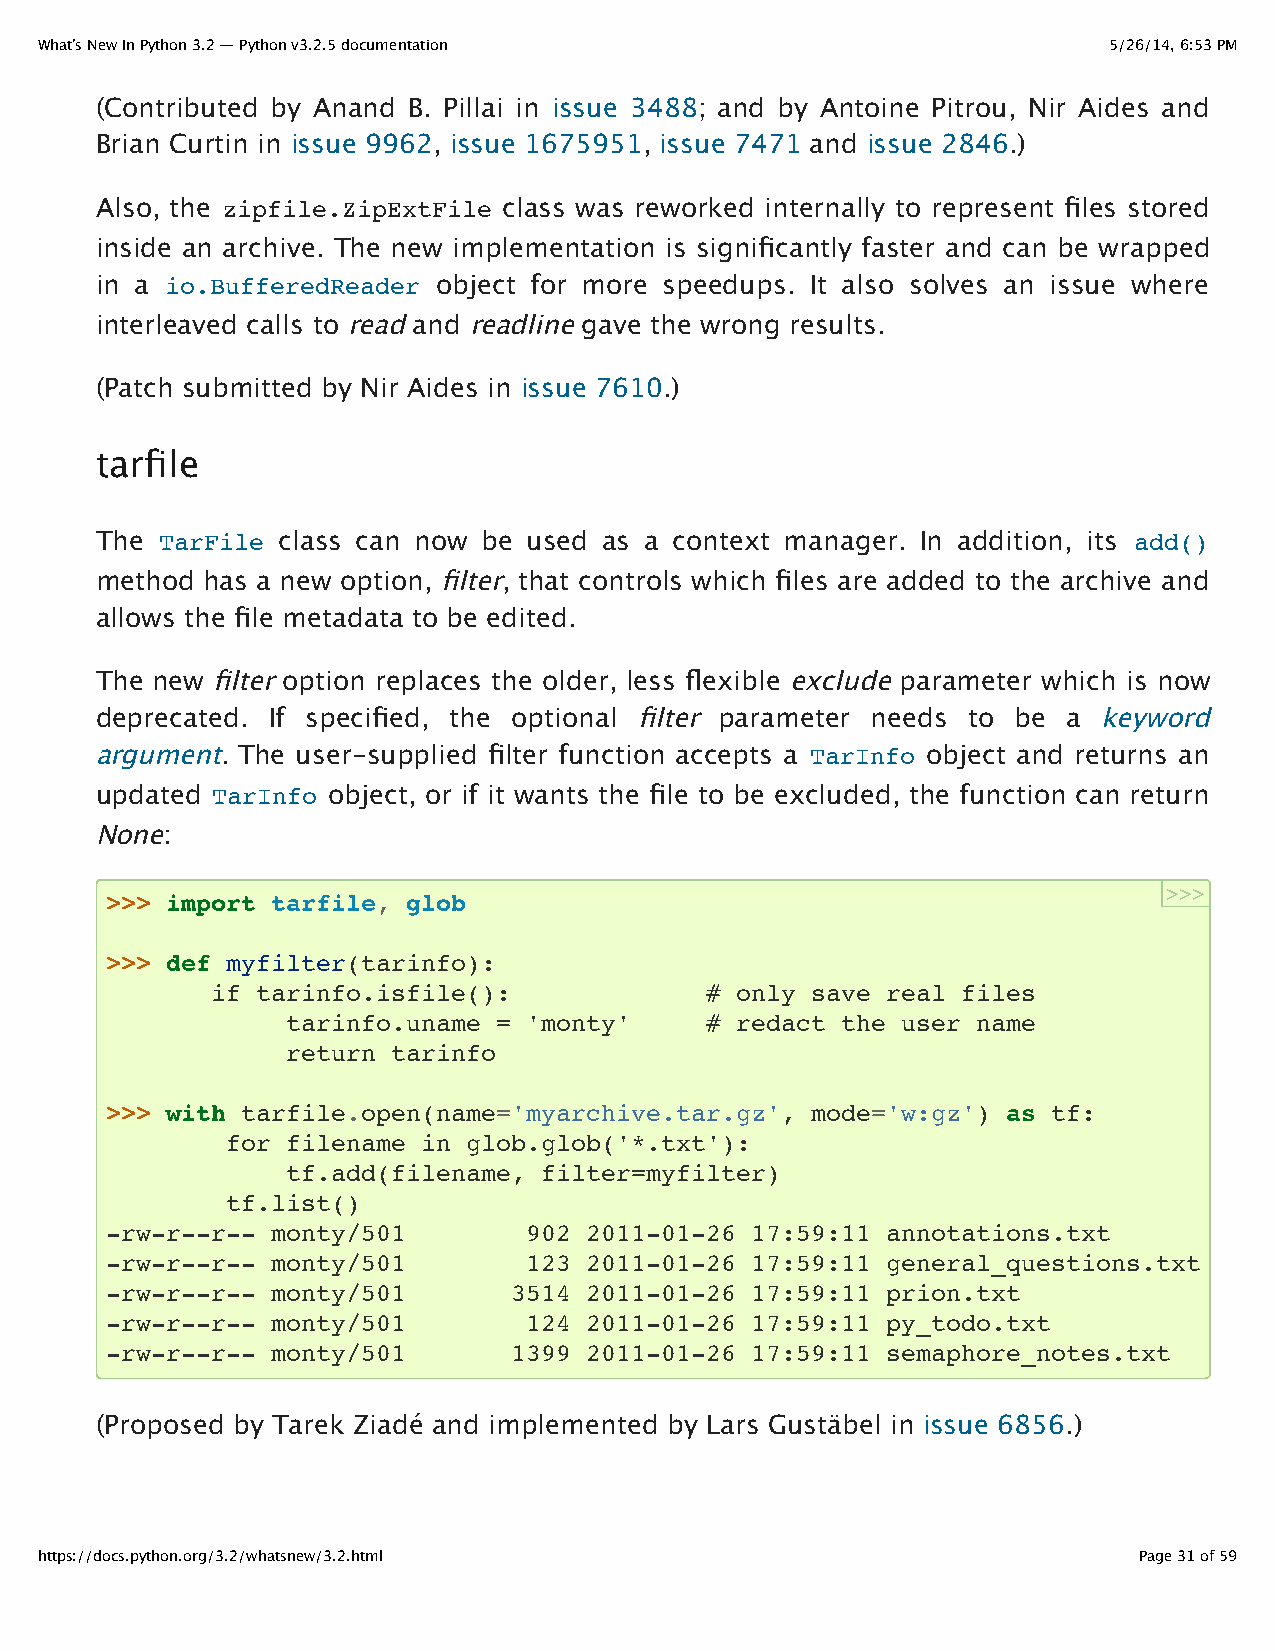
What’s New In Python 3.2 — Python v3.2.5 documentation                 5/26/14, 6:53 PM
 (Contributed by Anand B. Pillai in issue 3488; and by Antoine Pitrou, Nir Aides and
 Brian Curtin in issue 9962, issue 1675951, issue 7471 and issue 2846.)
 Also, the zipfile.ZipExtFile class was reworked internally to represent files stored
 inside an archive. The new implementation is significantly faster and can be wrapped
 in a io.BufferedReader object for more speedups. It also solves an issue where
 interleaved calls to read and readline gave the wrong results.
 (Patch submitted by Nir Aides in issue 7610.)
 tarfile
 The  TarFile class can now be used as a context manager. In addition, its add()
 method has a new option, filter, that controls which files are added to the archive and
 allows the file metadata to be edited.
 The new filter option replaces the older, less flexible exclude parameter which is now
 deprecated. If specified, the optional filter parameter needs to be a keyword
 argument. The user-supplied filter function accepts a TarInfo object and returns an
 updated TarInfo object, or if it wants the file to be excluded, the function can return
 None:
 >>>
 >>> import tarfile, glob
 >>> def myfilter(tarinfo):
 if tarinfo.isfile():             # only save real files
 tarinfo.uname = 'monty'     # redact the user name
 return tarinfo
 >>> with tarfile.open(name='myarchive.tar.gz', mode='w:gz') as tf:
 for filename in glob.glob('*.txt'):
 tf.add(filename, filter=myfilter)
 tf.list()
 -rw-r--r-- monty/501        902 2011-01-26 17:59:11 annotations.txt
 -rw-r--r-- monty/501        123 2011-01-26 17:59:11 general_questions.txt
 -rw-r--r-- monty/501       3514 2011-01-26 17:59:11 prion.txt
 -rw-r--r-- monty/501        124 2011-01-26 17:59:11 py_todo.txt
 -rw-r--r-- monty/501       1399 2011-01-26 17:59:11 semaphore_notes.txt
 (Proposed by Tarek Ziadé and implemented by Lars Gustäbel in issue 6856.)
 https://docs.python.org/3.2/whatsnew/3.2.html                            Page 31 of 59